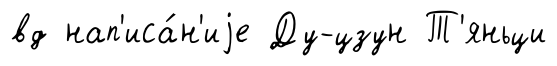
вд нап'иса́н'иjе Ду-цзун Т'яньци